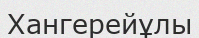
Хангерейұлы